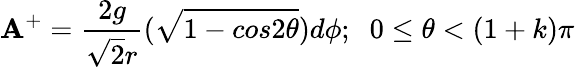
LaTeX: {\mathbf A}^{+}=\frac{2g}{{\sqrt{2}}r}(\sqrt{1-cos2{\theta}})d{\phi};\; \; 0\leq{\theta}<(1+k){\pi}